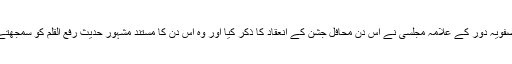
[5] صفویہ دور کے علامہ مجلسی نے اس دن محافل جشن کے انعقاد کا ذکر کیا اور وہ اس دن کا مستند مشہور حدیث رفع القلم کو سمجھتے ہیں۔